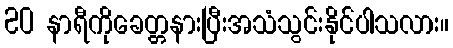
20 နာရီကိုခေတ္တနားပြီးအသံသွင်းနိုင်ပါသလား။